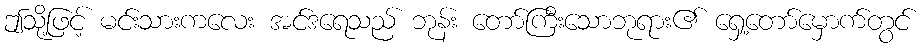
ဤသို့ဖြင့် မင်းသားကလေး အင်ဒရေသည် ဘုန်း တော်ကြီးသောဘုရား၏ ရှေ့တော်မှောက်တွင်